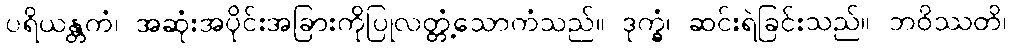
ပရိယန္တကံ၊ အဆုံးအပိုင်းအခြားကိုပြုလတ္တံ့သောကံသည်။ ဒုက္ခံ၊ ဆင်းရဲခြင်းသည်။ ဘဝိဿတိ၊